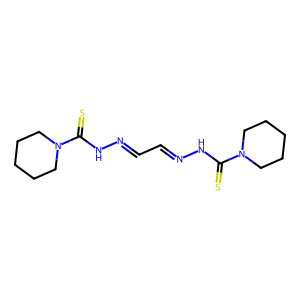
SMILES: S=C(NN=CC=NNC(=S)N1CCCCC1)N1CCCCC1
Inhibits HIV replication: No